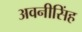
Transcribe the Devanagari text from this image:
अवनीसिंह